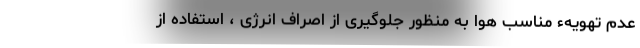
عدم تهویهء مناسب هوا به منظور جلوگیری از اصراف انرژی ، استفاده از